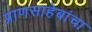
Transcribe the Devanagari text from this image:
प्राणसाहेबांचा